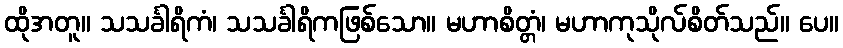
ထိုအတူ။ သသင်္ခါရိကံ၊ သသင်္ခါရိကဖြစ်သော။ မဟာစိတ္တံ၊ မဟာကုသိုလ်စိတ်သည်။ ပေ။